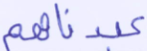
عبدناهم